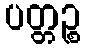
ပတ္တဉ္စ